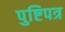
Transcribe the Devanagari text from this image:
पुष्टिपत्र